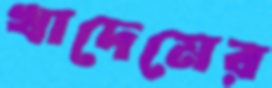
খাদেমের